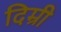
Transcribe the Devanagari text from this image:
दिम्री